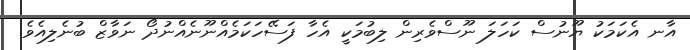
އާނ އެކަމަކު ޔޫނުސް ކަހަލަ ނޫސްވެރިން ލިބުމަކީ އެހާ ފަސޭހަކަމެއްނޫނެއްނުދޯ ނަވާޒް ބުނެލިއެވެ.